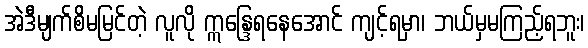
အဲဒီမျက်စိမမြင်တဲ့ လူလို ဣန္ဒြေရနေအောင် ကျင့်ရမှာ၊ ဘယ်မှမကြည့်ရဘူး၊